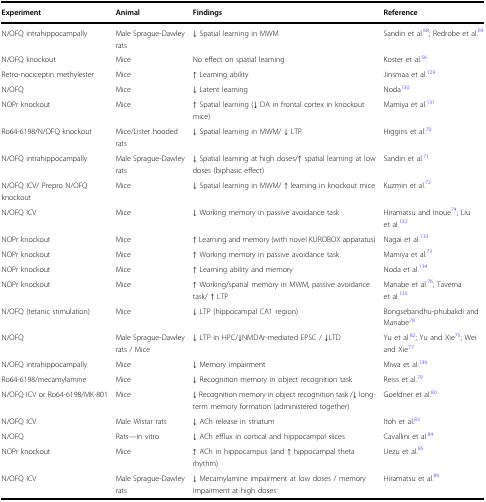
| Experiment | Animal | Findings | Reference |
 | --- | --- | --- | --- |
 | N/OFQ intrahippocampally | Male Sprague-Dawley rats | ↓ Spatial learning in MWM | Sandin et al.68; Redrobe et al.69 |
 | N/OFQ knockout | Mice | No effect on spatial learning | Koster et al.56 |
 | Retro-nociceptin methylester | Mice | ↑ Learning ability | Jinsmaa et al.129 |
 | N/OFQ | Mice | ↓ Latent learning | Noda130 |
 | NOPr knockout | Mice | ↑ Spatial learning (↓ DA in frontal cortex in knockout mice) | Mamiya et al.131 |
 | Ro64-6198/N/OFQ knockout | Mice/Lister hooded rats | ↓ Spatial learning in MWM/ ↓ LTP | Higgins et al.70 |
 | N/OFQ intrahippocampally | Male Sprague-Dawley rats | ↓ Spatial learning at high doses/↑ spatial learning at low doses (biphasic effect) | Sandin et al.71 |
 | N/OFQ ICV/ Prepro N/OFQ knockout | Mice | ↓ Spatial learning in MWM/ ↑ learning in knockout mice | Kuzmin et al.72 |
 | N/OFQ ICV | Mice | ↓ Working memory in passive avoidance task | Hiramatsu and Inoue74; Liu et al.132 |
 | NOPr knockout | Mice | ↑ Learning and memory (with novel KUROBOX apparatus) | Nagai et al.133 |
 | NOPr knockout | Mice | ↑ Working memory in passive avoidance task | Mamiya et al.73 |
 | NOPr knockout | Mice | ↑ Learning ability and memory | Noda et al.134 |
 | NOPr knockout | Mice | ↑ Working/spatial memory in MWM, passive avoidance task/ ↑ LTP | Manabe et al.76; Taverna et al.135 |
 | N/OFQ (tetanic stimulation) | Mice | ↓ LTP (hippocampal CA1 region) | Bongsebandhu-phubakdi and Manabe78 |
 | N/OFQ | Male Sprague-Dawley rats / Mice | ↓ LTP in HPC/↓NMDAr-mediated EPSC / ↓LTD | Yu et al.82; Yu and Xie75; Wei and Xie77 |
 | N/OFQ intrahippocampally | Mice | ↓ Memory impairment | Miwa et al.136 |
 | Ro64-6198/mecamylamine | Mice | ↓ Recognition memory in object recognition task | Reiss et al.79 |
 | N/OFQ ICV or Ro64-6198/MK-801 | Mice | ↓ Recognition memory in object recognition task /↓ long-term memory formation (administered together) | Goeldner et al.80 |
 | N/OFQ ICV | Male Wistar rats | ↓ ACh release in striatum | Itoh et al.83 |
 | N/OFQ | Rats—in vitro | ↓ ACh efflux in cortical and hippocampal slices | Cavallini et al.84 |
 | NOPr knockout | Mice | ↑ ACh in hippocampus (and ↑ hippocampal theta rhythm) | Uezu et al.85 |
 | N/OFQ ICV | Male Sprague-Dawley rats | ↓ Mecamylamine impairment at low doses / memory impairment at high doses | Hiramatsu et al.86 |